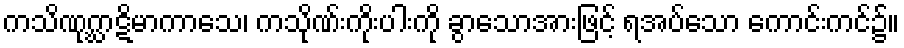
ကသိဏုဂ္ဃာဋိမာကာသေ၊ ကသိုဏ်းကိုးပါးကို ခွာသောအားဖြင့် ရအပ်သော ကောင်းကင်၌။